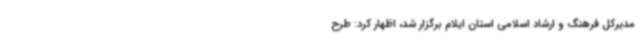
مدیرکل فرهنگ و ارشاد اسلامی استان ایلام برگزار شد، اظهار کرد: طرح